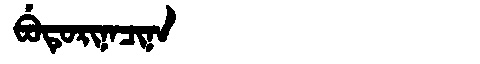
Manchu: ᠪᡠᡨᡠᡵᡳᠨᠠᠴᡳᠨᠠ
Romanization: BUTURINACINA